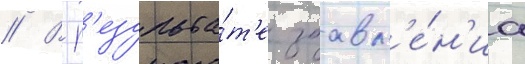
// В р'езульта́т'е заавл'е́н'иа